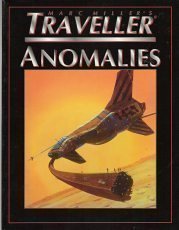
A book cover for Traveller: Anomolies; Science Fiction & Fantasy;